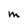
Character: M